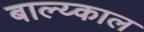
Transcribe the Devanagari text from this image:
बाल्य्काल